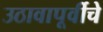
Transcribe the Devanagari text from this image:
उठावापूर्वीचे